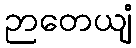
ဉာတေယျံ